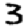
Digit: 3